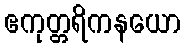
ဧကုတ္တရိကနယော